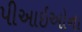
પીઆઇઓના